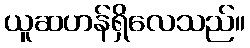
ယူဆဟန်ရှိလေသည်။